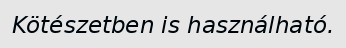
Kötészetben is használható.